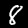
Digit: 8